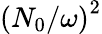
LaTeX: \left(N_{0}/\omega\right)^{2}